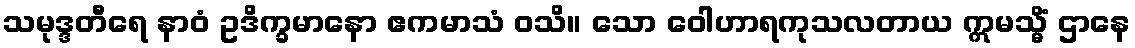
သမုဒ္ဒတီရေ နာဝံ ဥဒိက္ခမာနော ဧကမာသံ ဝသိ။ သော ဝေါဟာရကုသလတာယ ဣမသ္မိံ ဌာနေ